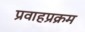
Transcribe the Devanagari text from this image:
प्रवाहप्रक्रम